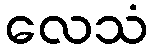
လေသံ